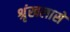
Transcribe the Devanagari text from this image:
श्रृंखलासे